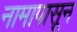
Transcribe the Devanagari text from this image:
नामापासून